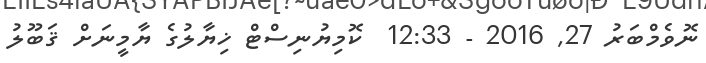
ނޮވެމްބަރު 27